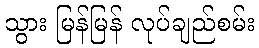
သွား မြန်မြန် လုပ်ချည်စမ်း